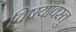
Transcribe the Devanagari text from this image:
विषयावस्तु